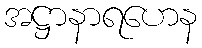
အဋ္ဌာနာရဟေန